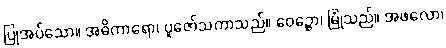
ပြုအပ်သော။ အဓိကာရော၊ ပူဇော်သကာသည်။ ဝေဉ္ဇော၊ မြုံသည်။ အဖလော၊